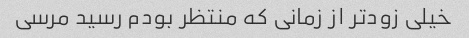
خیلی زودتر از زمانی که منتظر بودم رسید مرسی